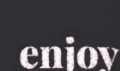
enjoy